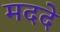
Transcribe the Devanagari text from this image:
मददे